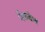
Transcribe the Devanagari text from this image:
मॅककेब